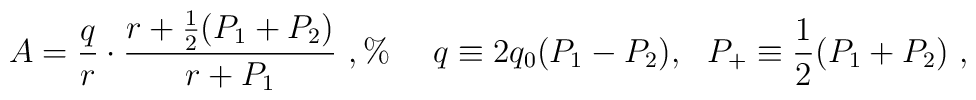
A= {q\over r} \cdot { r +  {1\over 2} (P_1+P_2) \over r + P_1} \  , \%\ \ \ \ q\equiv 2q_0 (P_1-P_2),  \ \  P_+\equiv  {1\over 2} (P_1 +P_2) \ ,